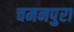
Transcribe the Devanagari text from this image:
चमनपुरा